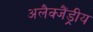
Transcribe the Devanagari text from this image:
अलैक्जैंड्रीय